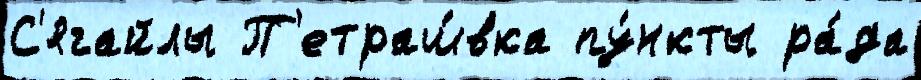
С'ягайлы П'етраш́вка пу́нкты ра́да